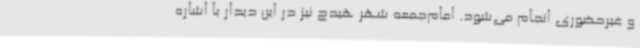
و غیرحضوری انجام می‌شود. امام‌جمعه شهر هیدج نیز در این دیدار با اشاره